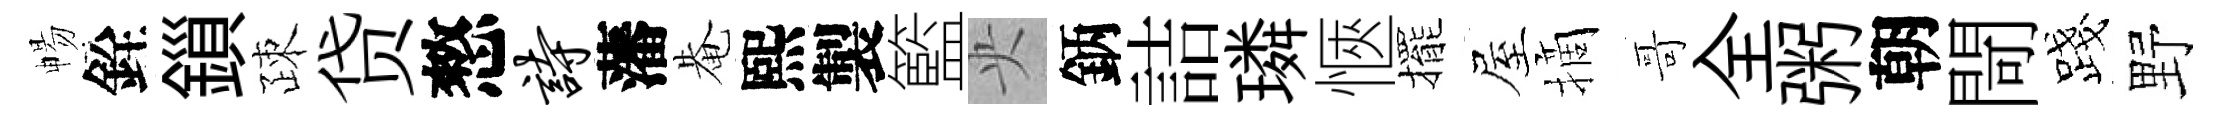
暢銓鎻疎贷憗诗藩𤲅熙製籃央鈵詰璘愜擺屋摘哥全粥朝閜露野